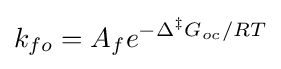
k_{fo}=A_{f}e^{-\Delta ^{\ddagger }G_{oc}/RT}